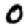
Digit: 0